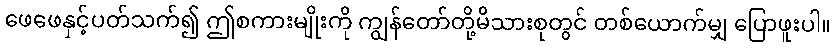
ဖေဖေနှင့်ပတ်သက်၍ ဤစကားမျိုးကို ကျွန်တော်တို့မိသားစုတွင် တစ်ယောက်မျှ ပြောဖူးပါ။